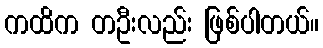
ကထိက တဦးလည်း ဖြစ်ပါတယ်။